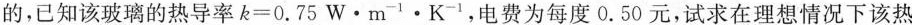
的，已知该玻璃的热导率$$k = 0 . 7 5 W · m _ { - 1 } · K _ { - 1 }$$，电费为每度0.50元，试求在理想情况下该热